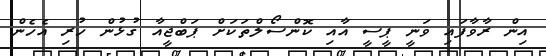
އިން ރާވާފައި ވަނީ ޕީސީ އާއި ކޮންސޯލްތަކަށް ޕަބްޖީއާ ގުޅުން ހުރި އެހެން